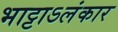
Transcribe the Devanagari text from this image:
भाट्टाऽलंकार